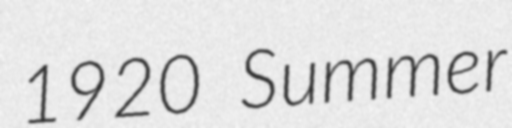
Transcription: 1920 Summer